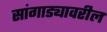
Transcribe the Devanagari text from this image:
सांगाड्यावरील